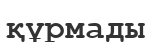
құрмады